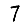
Digit: 7